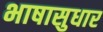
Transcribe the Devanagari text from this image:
भाषासुधार